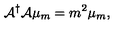
{ \cal A } ^ { \dagger } { \cal A } \mu _ { m } = m ^ { 2 } \mu _ { m } ,